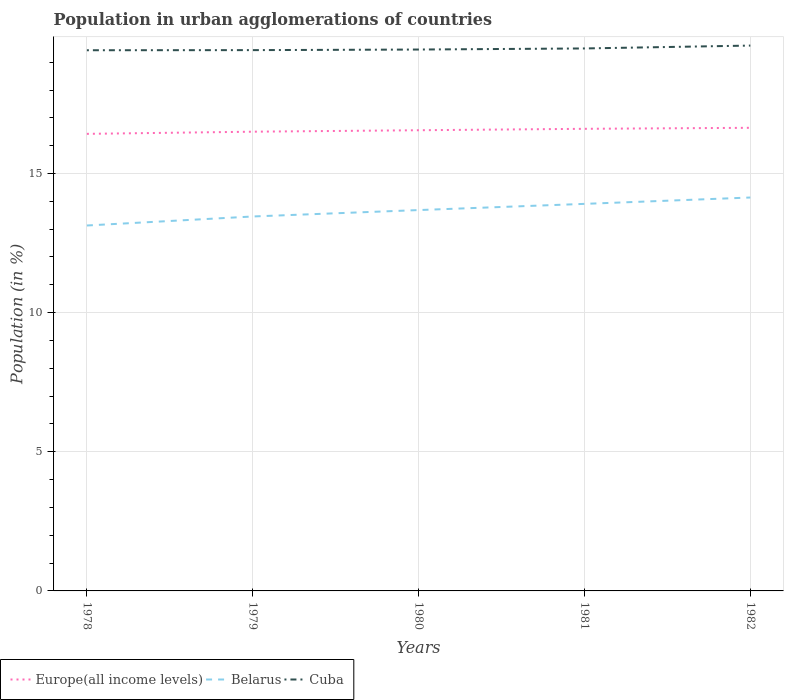
| Years | Europe(all income levels) | Belarus | Cuba |
 | --- | --- | --- | --- |
 | 1978 | 16.4 | 13.1 | 19.4 |
 | 1979 | 16.5 | 13.5 | 19.4 |
 | 1980 | 16.6 | 13.7 | 19.5 |
 | 1981 | 16.6 | 13.9 | 19.5 |
 | 1982 | 16.6 | 14.1 | 19.6 |